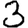
Digit: 3